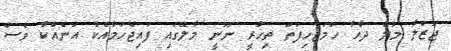
ޖަޒްލާ މާލެ ދާހާ ހަމަޖެހިފަތަ ތިހުރީ ނޫނީ މާލޭގައި ފައިޖެހުމާއެކު އަނެއްކާ ވެސް